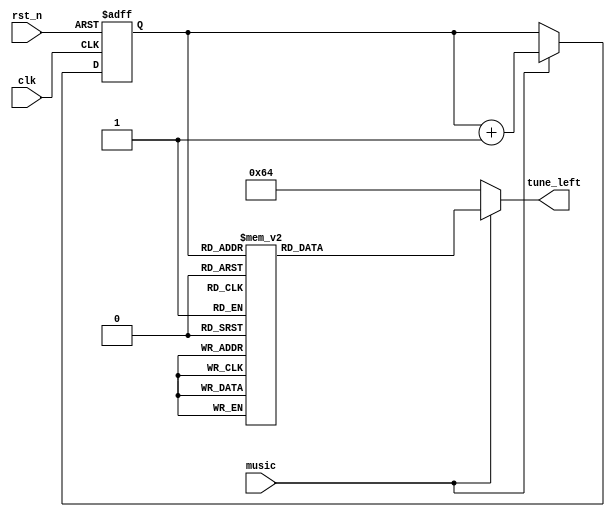
`define Lal 22'd227273
`define Sil 22'd204082
`define Do 22'd191571
`define Re 22'd170648
`define Mi 22'd151976
`define Fa 22'd143266
`define So 22'd127877
`define La 22'd113636
`define Si 22'd101419
`define Doh 22'd95420
`define Reh 22'd85034
`define Mih 22'd75757
`define Fah 22'd71633
`define Soh 22'd63776
`define Lah 22'd56818
`define Sih 22'd50607
module celebrate_music(
    input rst_n,
    input clk, //2Hz
    input music,
    output reg [21:0] tune_left
);
reg [4:0] cnt_tem, cnt;

always @* begin
    if (music) begin
        cnt_tem = cnt + 1'b1;
        case (cnt)
            5'b00000:
                tune_left = `Si;
            5'b00001:
                tune_left = `La;
            5'b00010:
                tune_left = `So;
            5'b00011:
                tune_left = `La;
            5'b00100:
                tune_left = `Si;
            5'b00101:
                tune_left = `Si;
            5'b00110:
                tune_left = `Si;
            5'b00111:
                tune_left = `Si;
            5'b01000:
                tune_left = `La;
            5'b01001:
                tune_left = `La;
            5'b01010:
                tune_left = `La;
            5'b01011:
                tune_left = `La;
            5'b01100:
                tune_left = `Si;
            5'b01101:
                tune_left = `Si;
            5'b01110:
                tune_left = `Si;
            5'b01111:
                tune_left = `Si;
            5'b10000:
                tune_left = `Si;
            5'b10001:
                tune_left = `La;
            5'b10010:
                tune_left = `So;
            5'b10011:
                tune_left = `La;
            5'b10100:
                tune_left = `Si;
            5'b10101:
                tune_left = `Si;
            5'b10110:
                tune_left = `Si;
            5'b10111:
                tune_left = `Si;
            5'b11000:
                tune_left = `La;
            5'b11001:
                tune_left = `La;
            5'b11010:
                tune_left = `Si;
            5'b11011:
                tune_left = `La;
            5'b11100:
                tune_left = `So;
            5'b11101:
                tune_left = `So;
            5'b11110:
                tune_left = `So;
            5'b11111:
                tune_left = `So;
            default:
                tune_left = 22'd100;
        endcase
    end
    else begin
        cnt_tem = cnt;
        tune_left = 22'd100;
    end
end

always @(posedge clk or negedge rst_n) begin
    if (~rst_n) begin
        cnt <= 5'd0;
    end
    else begin
        cnt <= cnt_tem;
    end
end   
    
endmodule